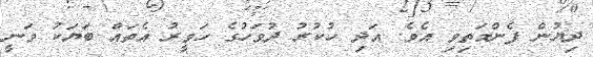
ދިޔުން ފެންމަތިވި އެވެ. އަދި ހުކުރު ދުވަހުގެ ހަވީރު އެތައް ބަޔަކު ވަނީ